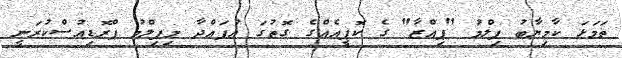
ތަމަޅަ ކާމިޔާބު ފިލްމު "ޕިއްޒާ" ގެ ކޮޕީއެއްގެ ގޮތުގަ އުފައްދާ މިފިލްމު ޕްރޮޑިއުސްކުރަނީ